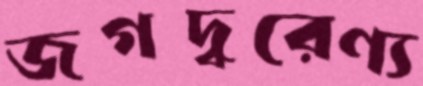
জগদ্বরেণ্য